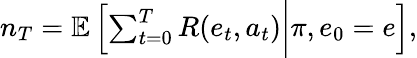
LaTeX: \begin{array}{r}{n_{T}=\mathbb{E}\left[\sum_{t=0}^{T}R(e_{t},a_{t})\bigg\rvert\pi,e_{0}=e\right],}\end{array}